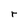
Character: r